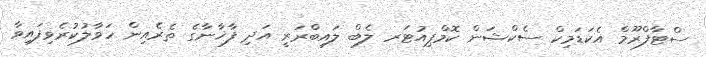
ސްޓާފްރޫމް އެކަޑަމިކް ސެކްޝަން ކޮމްޕިއުޓަރ ލެބް ލައިބްރަރީ އަދި ފާޚާނާގެ ތެރެއިން ހަވާލުކުރެވިފައިވާ